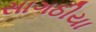
સાગઠીયા